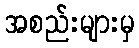
အစည်းများမှ